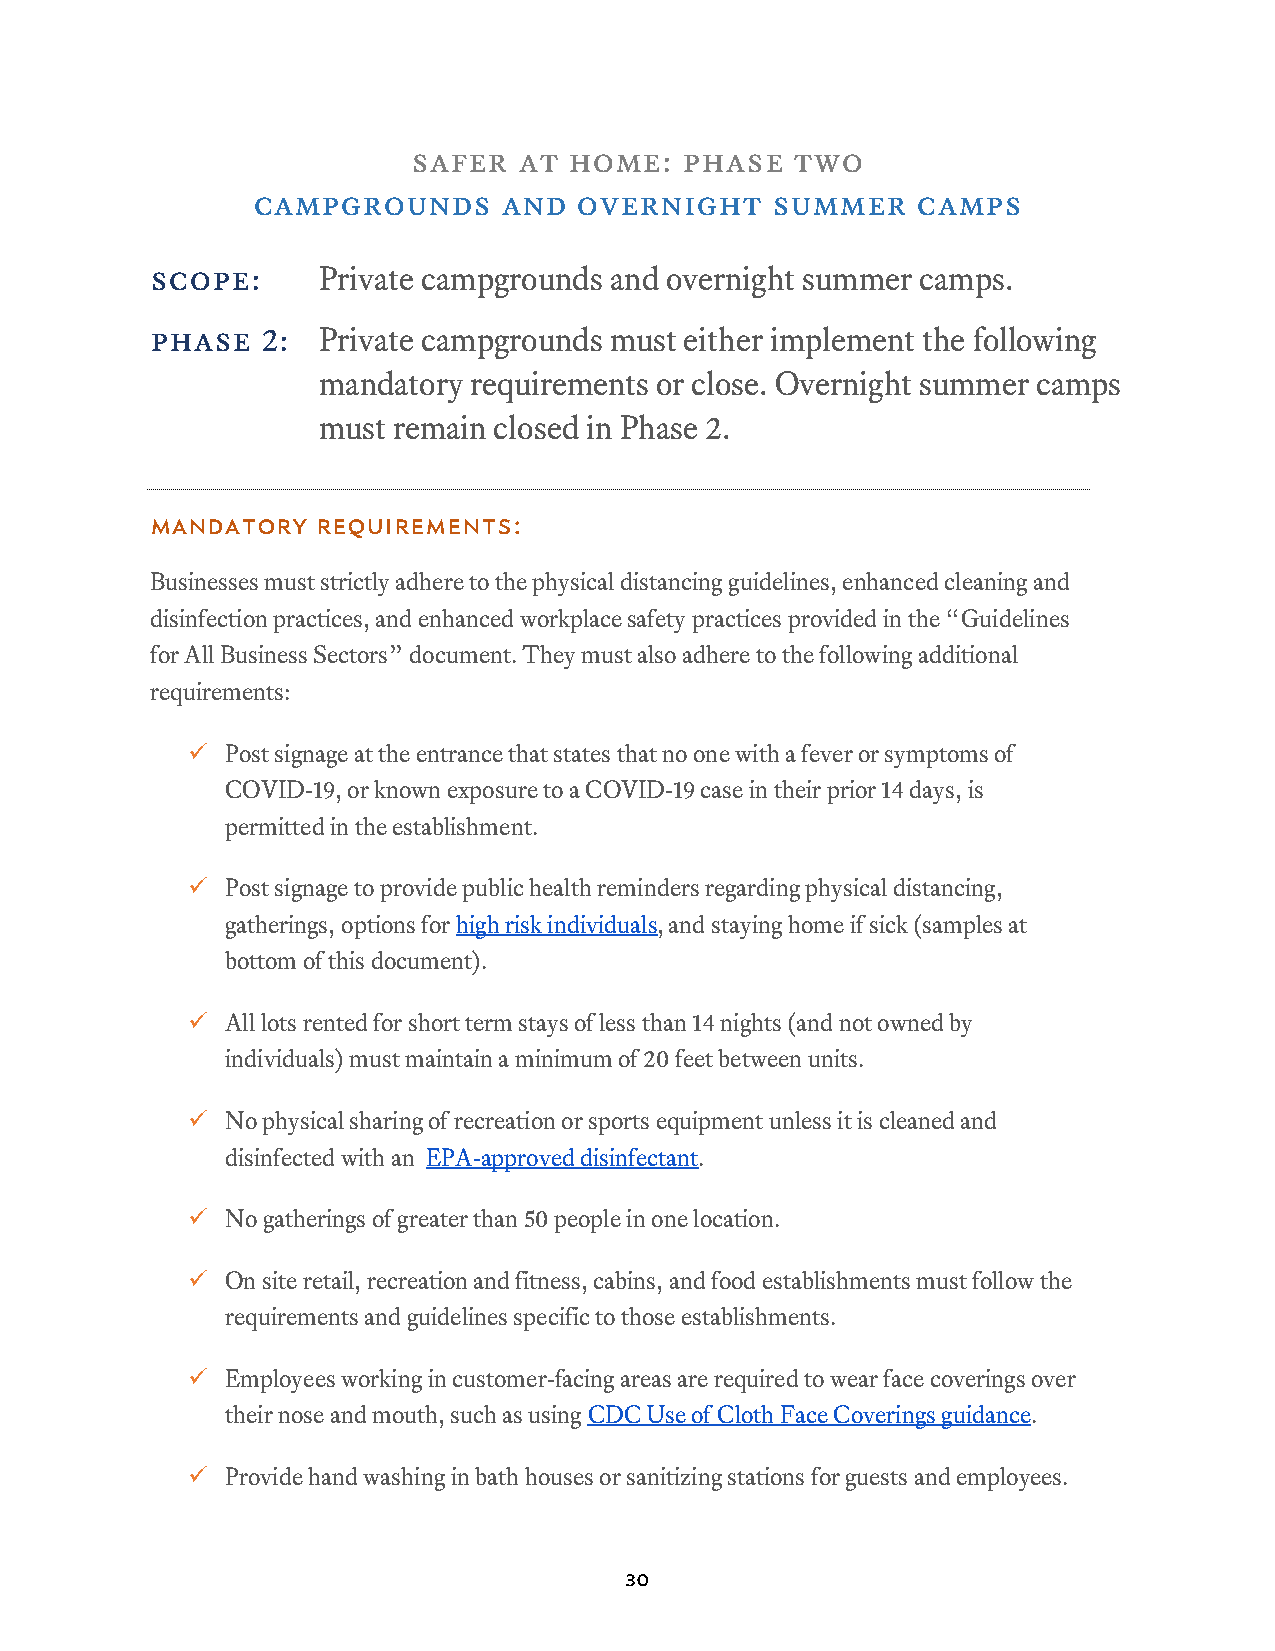
safer  at  home:  phase   two
 campgrounds     and  overnight    summer    camps
 scope:     Private campgrounds and overnight summer camps.
 phase  2:  Private campgrounds must either implement the following
 mandatory requirements or close. Overnight summer camps
 must remain closed in Phase 2.
 Mandatory  Requirements:
 Businesses must strictly adhere to the physical distancing guidelines, enhanced cleaning and
 disinfection practices, and enhanced workplace safety practices provided in the “Guidelines
 for All Business Sectors” document. They must also adhere to the following additional
 requirements:
   Post signage at the entrance that states that no one with a fever or symptoms of
 COVID-19, or known exposure to a COVID-19 case in their prior 14 days, is
 permitted in the establishment.
   Post signage to provide public health reminders regarding physical distancing,
 gatherings, options for high risk individuals, and staying home if sick (samples at
 bottom of this document).
   All lots rented for short term stays of less than 14 nights (and not owned by
 individuals) must maintain a minimum of 20 feet between units.
   No physical sharing of recreation or sports equipment unless it is cleaned and
 disinfected with an EPA-approved disinfectant.
   No gatherings of greater than 50 people in one location.
   On site retail, recreation and fitness, cabins, and food establishments must follow the
 requirements and guidelines specific to those establishments.
   Employees working in customer-facing areas are required to wear face coverings over
 their nose and mouth, such as using CDC Use of Cloth Face Coverings guidance.
   Provide hand washing in bath houses or sanitizing stations for guests and employees.
 30